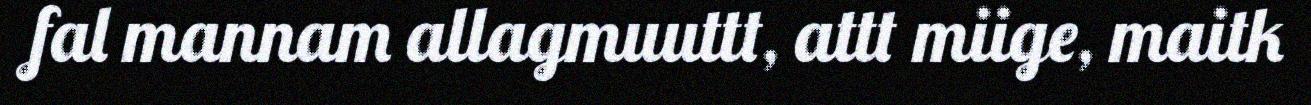
fal mannam allagmuuttt, attt miige, maitk